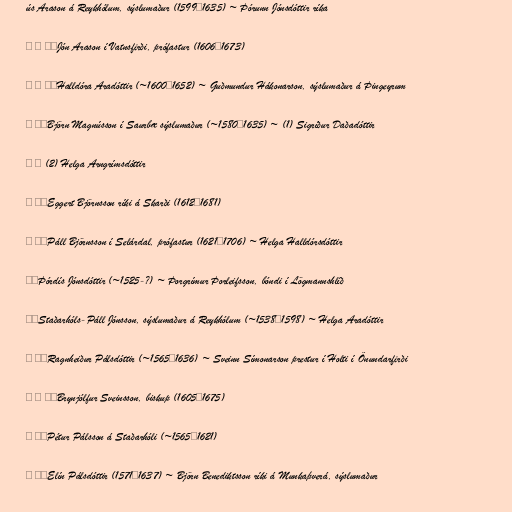
ús Arason á Reykhólum, sýslumaður (1599─1635) ~ Þórunn Jónsdóttir ríka

│ │ ├─Jón Arason í Vatnsfirði, prófastur (1606─1673)

│ │ ╰─Halldóra Aradóttir (~1600─1652) ~ Guðmundur Hákonarson, sýslumaður á Þingeyrum

│ ╰─Björn Magnússon í Saurbæ sýslumaður (~1580─1635) ~ (1) Sigríður Daðadóttir

│ │ (2) Helga Arngrímsdóttir

│ ├─Eggert Björnsson ríki á Skarði (1612─1681)

│ ╰─Páll Björnsson í Selárdal, prófastur (1621─1706) ~ Helga Halldórsdóttir

├─Þórdís Jónsdóttir (~1525-?) ~ Þorgrímur Þorleifsson, bóndi í Lögmannshlíð

├─Staðarhóls-Páll Jónsson, sýslumaður á Reykhólum (~1538─1598) ~ Helga Aradóttir

│ ├─Ragnheiður Pálsdóttir (~1565─1636) ~ Sveinn Símonarson prestur í Holti í Önundarfirði

│ │ ╰─Brynjólfur Sveinsson, biskup (1605─1675)

│ ├─Pétur Pálsson á Staðarhóli (~1565─1621)

│ ╰─Elín Pálsdóttir (1571─1637) ~ Björn Benediktsson ríki á Munkaþverá, sýslumaður